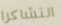
التشاكرا